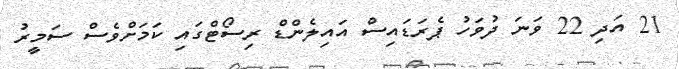
21 އަދި 22 ވަނަ ދުވަހު ޕެރަޑައިސް އައިލެންޑް ރިސޯޓްގައި ކަމަށްވެސް ސަމީރު